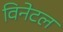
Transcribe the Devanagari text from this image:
विनेटल